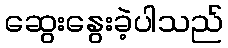
ဆွေးနွေးခဲ့ပါသည်